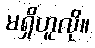
မရှိဟူလို။